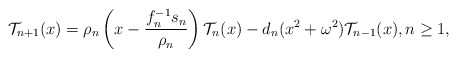
\begin{align*}\mathcal{T}_{n+1}(x)=\rho_n\left(x-\dfrac{f_n^{-1}s_n}{\rho_n}\right)\mathcal{T}_n(x)-d_n(x^2+\omega^2)\mathcal{T}_{n-1}(x), n\geq 1,\end{align*}